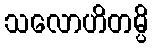
သလောဟိတမ္ပိ